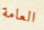
العامة